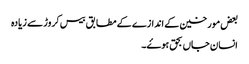
بعض مورخین کے اندازے کے مطابق بیس کروڑ سے زیادہ
انسان جاں بحق ہوۓ۔